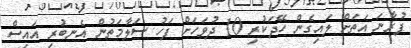
ފުރާނަ އަތަށް ލައިގެން ހޭދަކުރި 10 ދުވަހަށް ފަހު ސަލާމަތުން އެނބުރި އައިސް